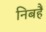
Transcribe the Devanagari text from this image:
निबहैं